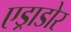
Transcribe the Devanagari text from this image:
एड्राडोर